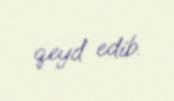
qeyd edib.